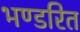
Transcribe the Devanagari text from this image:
भण्डरित